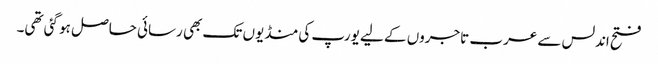
فتح اندلس سے عرب تاجروں کے لیے یورپ کی منڈیوں تک بھی رسائی حاصل ہو گئی تھی۔